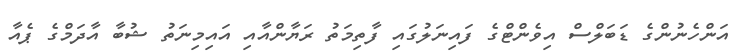
އަންހެނުންގެ ޑަބަލްސް އިވެންޓްގެ ފައިނަލުގައި ފާތިމަތު ރަޔާންއާއި އައިމިނަތު ޝުބާ އާދަމްގެ ޕެއާ